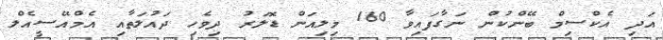
އަދި އެކްސިމް ބޭންކުން ނަގާފައިވާ 160 މިލިއަން ޑޮލަރު ދިވެހި ދައުލަތާއި އެމްއޭސީއެލް